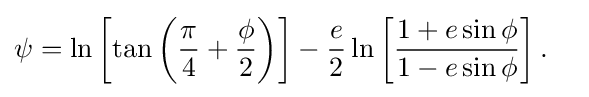
{\begin{aligned}\psi &=\ln \left[\tan \left({\frac {\pi }{4}}+{\frac {\phi }{2}}\right)\right]-{\frac {e}{2}}\ln \left[{\frac {1+e\sin \phi }{1-e\sin \phi }}\right].\end{aligned}}